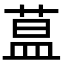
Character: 蒀